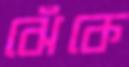
ঝেঁকে